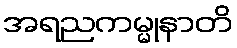
အရညကမ္မုနာတိ